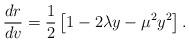
LaTeX: \begin{align*}\frac{dr}{dv} = \frac{1}{2} \left[1 - 2 \lambda y - \mu^2 y^2\right]. \end{align*}